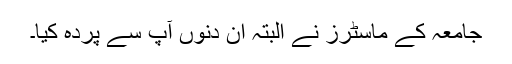
جامعہ کے ماسٹرز نے البتہ ان دنوں آپ سے پردہ کیا۔